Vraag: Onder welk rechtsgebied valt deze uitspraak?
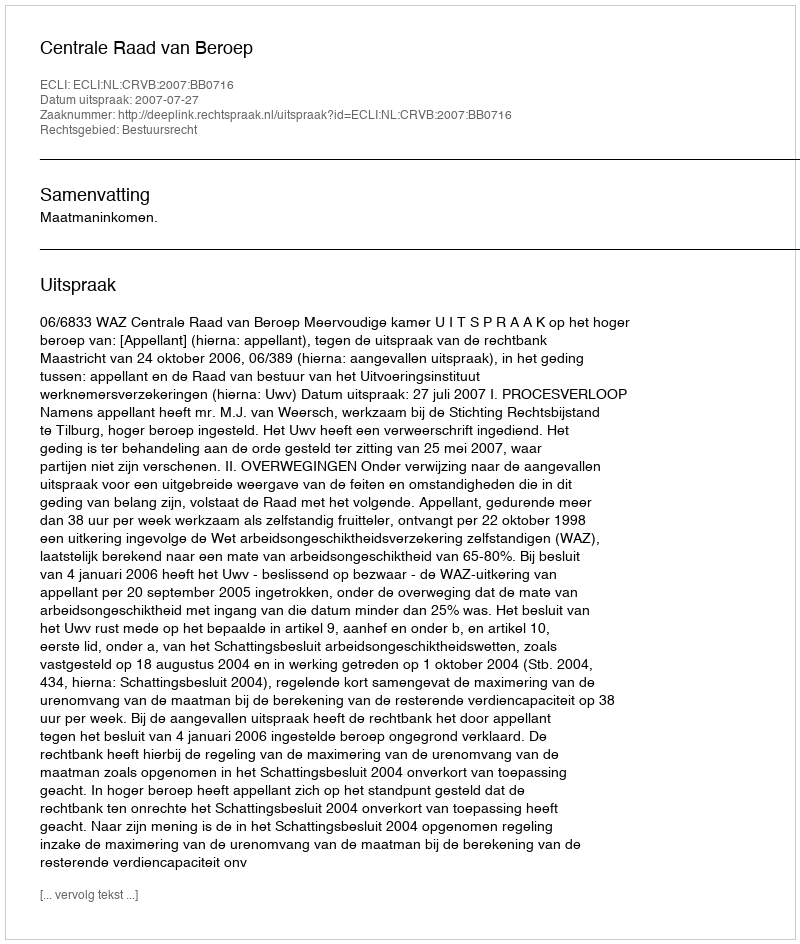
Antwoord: Bestuursrecht